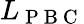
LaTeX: L_{\mathrm{~P~B~C~}}